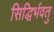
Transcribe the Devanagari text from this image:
सिद्धिर्भवतु